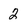
Character: 2